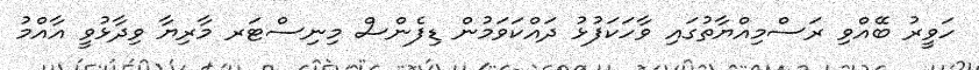
ހަވީރު ބޭއްވި ރަސްމިއްޔާތުގައި ވާހަކަފުޅު ދައްކަވަމުން ޑިފެންސް މިނިސްޓަރ މާރިޔާ ވިދާޅުވީ އާއްމު